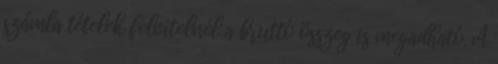
számla tételek felvitelnél a bruttó összeg is megadható. A